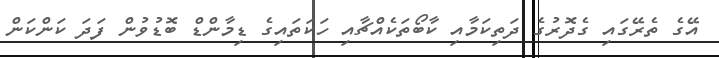
އޭގެ ތެރޭގައި ގެދޮރުގެ ދަތިކަމާއި ކާބޯތަކެއްޗާއި ހަކަތައިގެ ޑިމާންޑް ބޮޑުވުން ފަދަ ކަންކަން